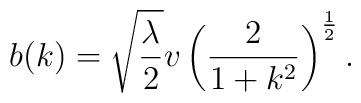
b(k) = \sqrt{\frac{\lambda}{2}} v       \left( \frac{2}{1 + k^2} \right)^{\frac{1}{2}}.